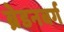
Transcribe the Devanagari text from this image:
ब्रेडनबर्ग